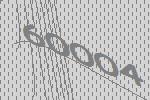
60004